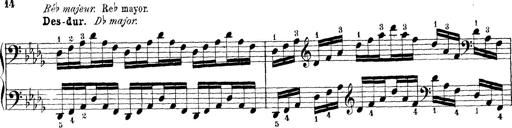
Title: Technische Studien
Composer: Franz Liszt